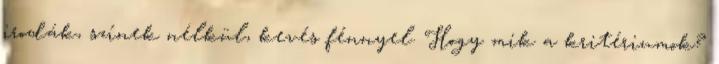
irodák, színek nélkül, kevés fénnyel. Hogy mik a kritériumok?